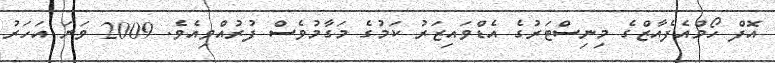
އޮފް ހޯމްއެފެއާޒްގެ މިނިސްޓަރުގެ އެޑްވައިޒަރު ކަމުގެ މަގާމުވެސް ފުރުއްވިއެވެ. 2009 ވަނަ އަހަރު